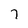
Character: 7